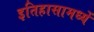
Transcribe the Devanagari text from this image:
इतिहासामध्यें